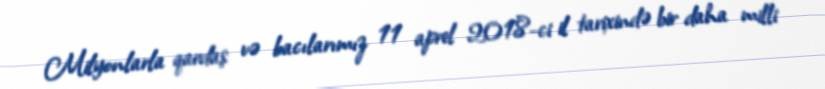
Milyonlarla qardaş və bacılarımız 11 aprel 2018-ci il tarixində bir daha milli